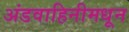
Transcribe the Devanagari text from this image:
अंडवाहिनीमधून